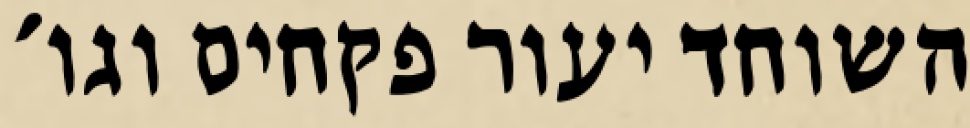
השוחד יעור פקחים וגו׳